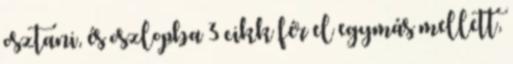
osztani, és oszlopba 3 cikk fér el egymás mellett,